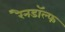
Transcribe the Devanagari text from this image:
रैनडॉल्फ